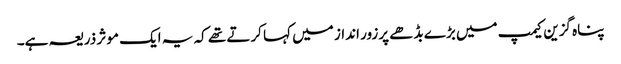
پناہ گزین کیمپ میں بڑے بڈھے پرزور انداز میں کہا کرتے تھے کہ یہ ایک موثر ذریعہ ہے۔